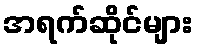
အရက်ဆိုင်များ